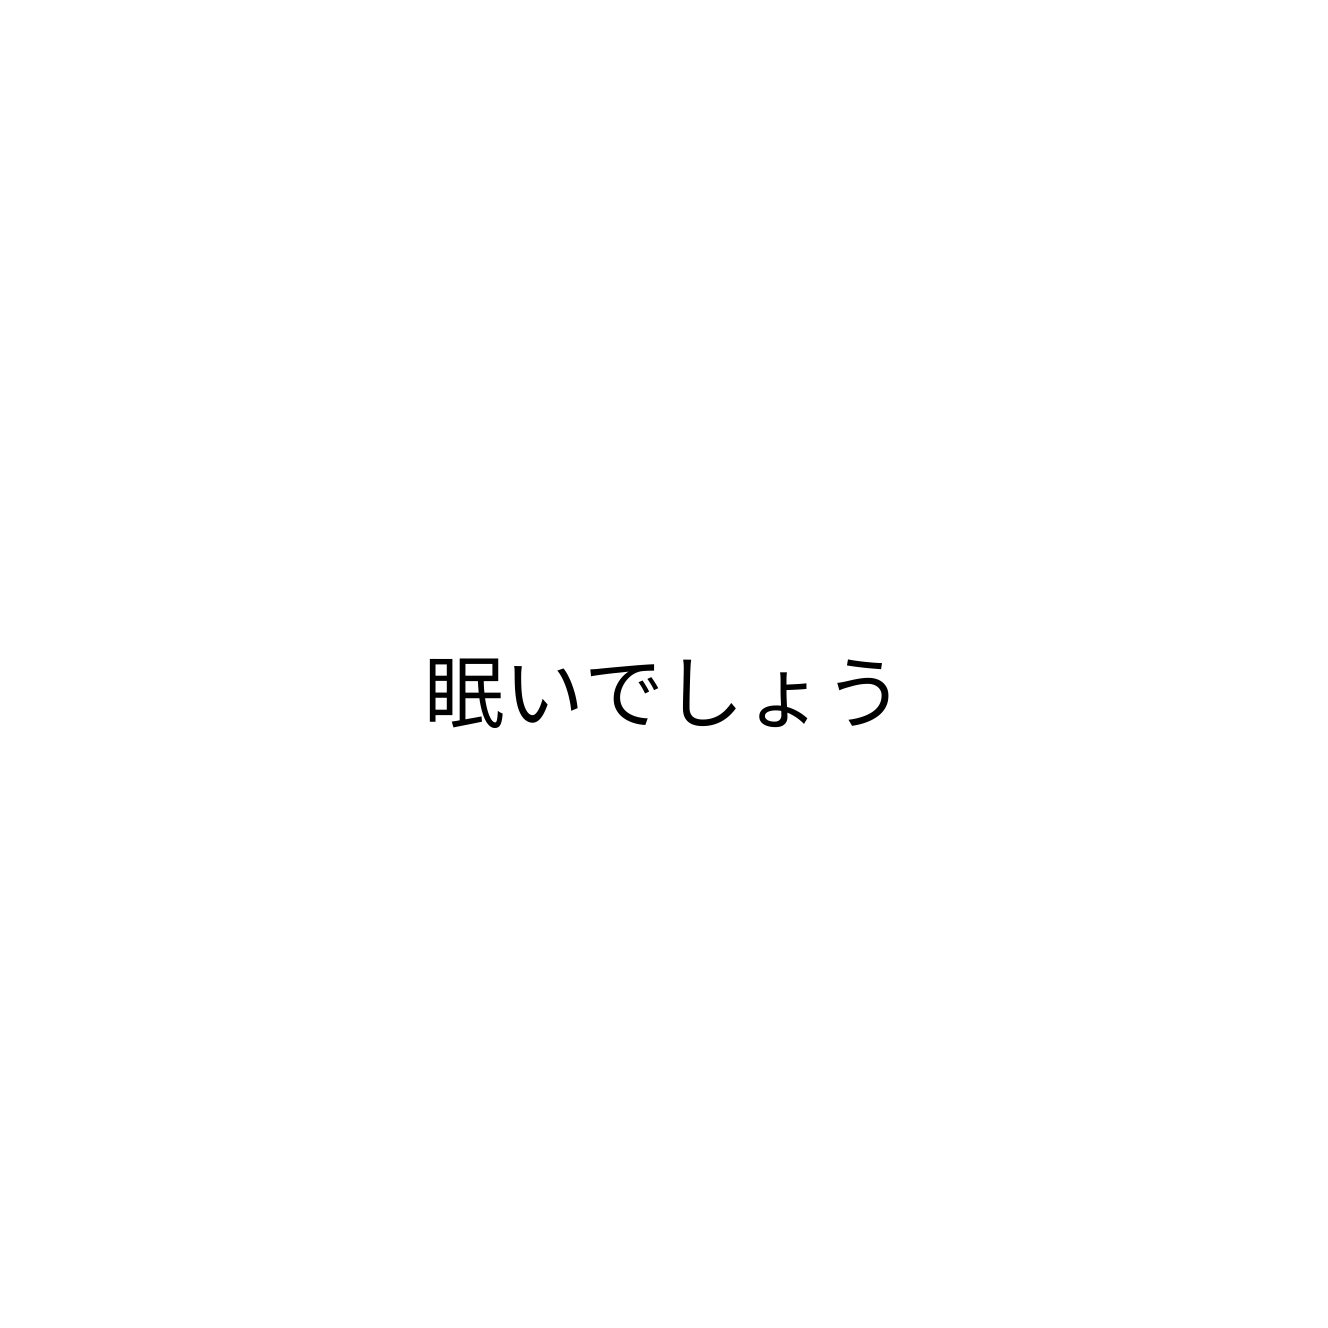
眠いでしょう